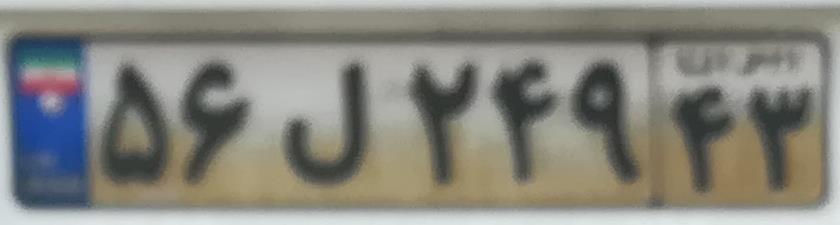
۵۶ل۲۴۹۴۳